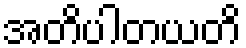
အတိပါတယတိ